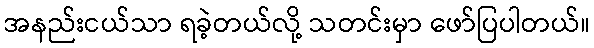
အနည်းငယ်သာ ရခဲ့တယ်လို့ သတင်းမှာ ဖော်ပြပါတယ်။